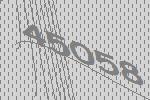
45058